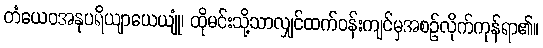
တံယေဝအနုပရိယျာယေယျုံ၊ ထိုမင်းသို့သာလျှင်ထက်ဝန်းကျင်မှအစဉ်လိုက်ကုန်ရာ၏။